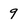
Character: 9